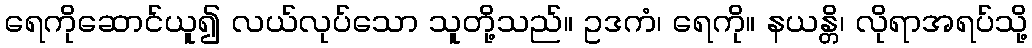
ရေကိုဆောင်ယူ၍ လယ်လုပ်သော သူတို့သည်။ ဥဒကံ၊ ရေကို။ နယန္တိ၊ လိုရာအရပ်သို့